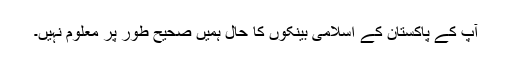
آپ کے پاکستان کے اسلامی بینکوں کا حال ہمیں صحیح طور پر معلوم نہیں۔